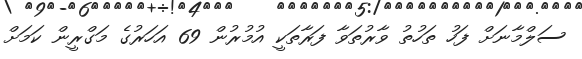
ސަލްމާނަށް ފަހު ތަހުތު ވާރުތަވާ ފަރާތަކީ އުމުރުން 69 އަހަރުގެ މަގްރީން ކަމަށް